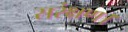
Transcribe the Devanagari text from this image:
सरंक्षण।